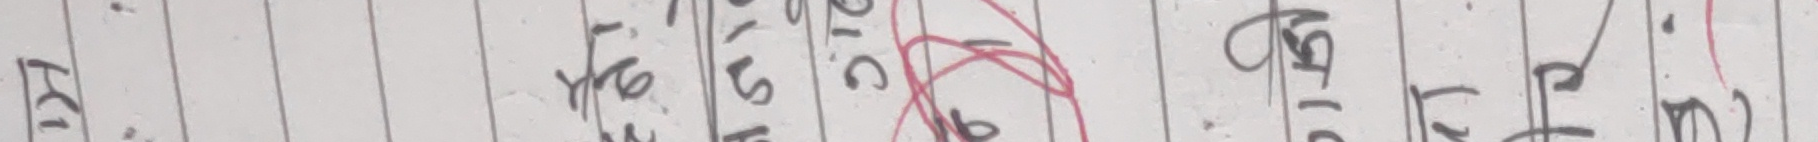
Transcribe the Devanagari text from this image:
ख १
विज्ञान
आदिक
विकास

विश्लेषण
र
अभ्यस्त
विस्तृत

पृष्ठभूमि
वातावरण